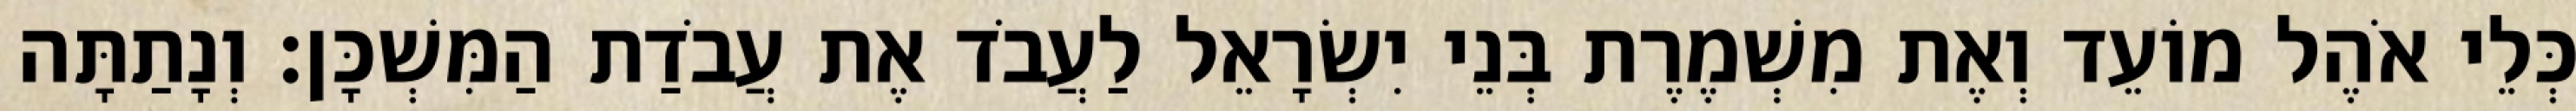
כְּלֵי אֹהֶל מוֹעֵד וְאֶת מִשְׁמֶרֶת בְּנֵי יִשְׂרָאֵל לַעֲבֹד אֶת עֲבֹדַת הַמִּשְׁכָּן׃ וְנָתַתָּה